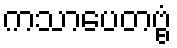
ကသာပေတဗ္ဗံ